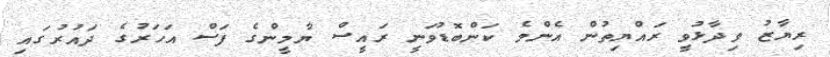
ރިޔާޒު ވިދާޅުވީ ރައްޔިތުން އެންމެ ކަންބޮޑުވަނީ ރައީސް ޔާމީންގެ ފަސް އަހަރުގެ ދައުރުގައި